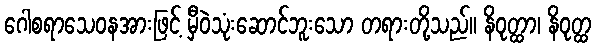
ဂေါစရာသေဝနအားဖြင့် မှီဝဲသုံးဆောင်ဘူးသော တရားတို့သည်။ နိဝုတ္ထာ၊ နိဝုတ္ထ